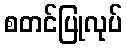
စတင်ပြုလုပ်